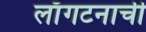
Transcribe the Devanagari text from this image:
लाँगटनाची